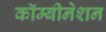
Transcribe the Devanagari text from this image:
कॉम्बीनेशन